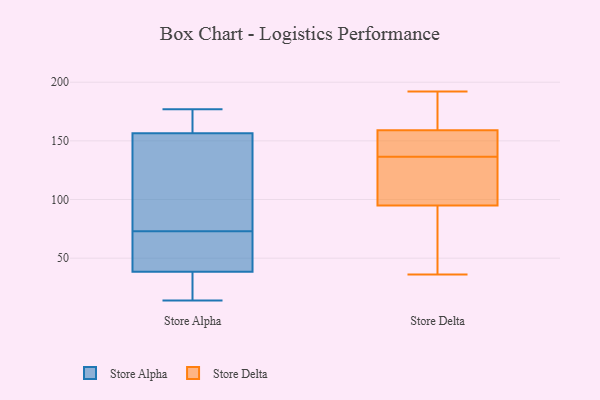
{"axis": {"x": "Net Income (USD K)", "y": "Value"}, "legend": ["Store Alpha", "Store Delta"], "data": [{"x": "", "y": 164, "type": "Store Alpha"}, {"x": "", "y": 157, "type": "Store Alpha"}, {"x": "", "y": 125, "type": "Store Alpha"}, {"x": "", "y": 164, "type": "Store Alpha"}, {"x": "", "y": 156, "type": "Store Alpha"}, {"x": "", "y": 14, "type": "Store Alpha"}, {"x": "", "y": 54, "type": "Store Alpha"}, {"x": "", "y": 31, "type": "Store Alpha"}, {"x": "", "y": 40, "type": "Store Alpha"}, {"x": "", "y": 177, "type": "Store Alpha"}, {"x": "", "y": 45, "type": "Store Alpha"}, {"x": "", "y": 46, "type": "Store Alpha"}, {"x": "", "y": 167, "type": "Store Alpha"}, {"x": "", "y": 99, "type": "Store Alpha"}, {"x": "", "y": 37, "type": "Store Alpha"}, {"x": "", "y": 20, "type": "Store Alpha"}, {"x": "", "y": 87, "type": "Store Alpha"}, {"x": "", "y": 63, "type": "Store Alpha"}, {"x": "", "y": 14, "type": "Store Alpha"}, {"x": "", "y": 83, "type": "Store Alpha"}, {"x": "", "y": 192, "type": "Store Delta"}, {"x": "", "y": 109, "type": "Store Delta"}, {"x": "", "y": 36, "type": "Store Delta"}, {"x": "", "y": 159, "type": "Store Delta"}, {"x": "", "y": 95, "type": "Store Delta"}, {"x": "", "y": 138, "type": "Store Delta"}, {"x": "", "y": 140, "type": "Store Delta"}, {"x": "", "y": 167, "type": "Store Delta"}, {"x": "", "y": 135, "type": "Store Delta"}, {"x": "", "y": 184, "type": "Store Delta"}, {"x": "", "y": 159, "type": "Store Delta"}, {"x": "", "y": 55, "type": "Store Delta"}, {"x": "", "y": 123, "type": "Store Delta"}, {"x": "", "y": 75, "type": "Store Delta"}]}